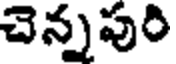
చెన్నపురి